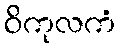
ဝိကုလကံ